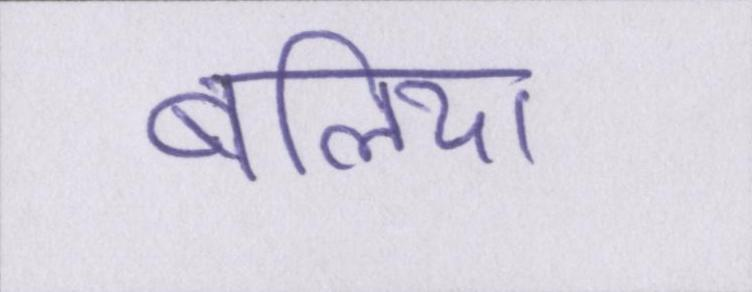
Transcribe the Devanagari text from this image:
बलिया